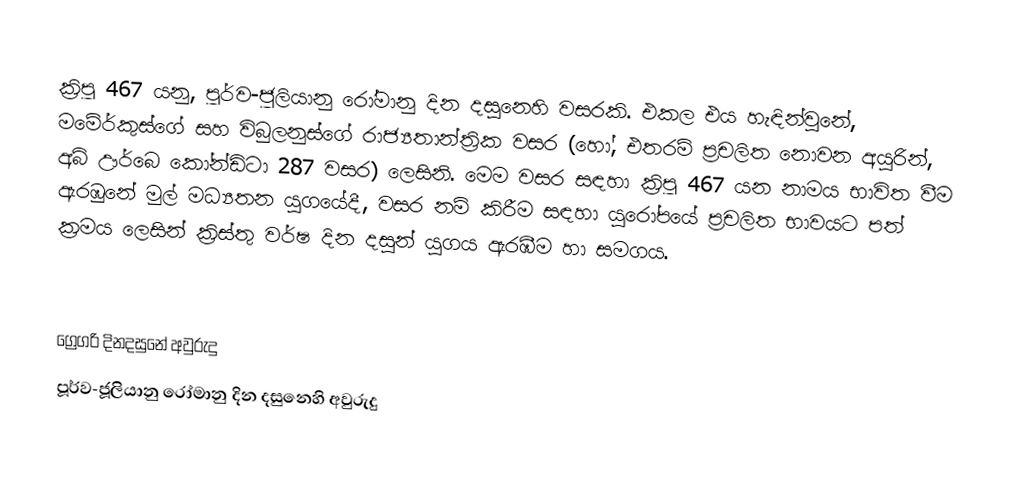

ක්‍රිපූ 467 යනු, පූර්ව-ජූලියානු රෝමානු දින දසුනෙහි වසරකි. එකල එය හැඳින්වුනේ, මමේර්කුස්ගේ සහ විබුලනුස්ගේ රාජ්‍යතාන්ත්‍රික වසර (හෝ, එතරම් ප්‍රචලිත නොවන අයුරින්, අබ් ඌර්බෙ කෝන්ඩිටා 287 වසර) ලෙසිනි. මෙම වසර සඳහා ක්‍රිපූ 467 යන නාමය භාවිත වීම ඇරඹුනේ මුල්  මධ්‍යතන යුගයේදී, වසර නම් කිරීම සඳහා යුරෝපයේ ප්‍රචලිත භාවයට පත් ක්‍රමය ලෙසින් ක්‍රිස්තු වර්ෂ දින දසුන් යුගය ඇරඹීම හා සමගය.

ග්‍රෙගරි දිනදසුනේ අවුරුදු
පූර්ව-ජූලියානු රෝමානු දින දසුනෙහි අවුරුදු